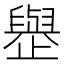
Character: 𪴿